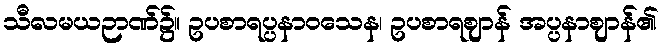
သီလမယဉာဏ်၌။ ဥပစာရပ္ပနာဝသေန၊ ဥပစာရဈာန် အပ္ပနာဈာန်၏